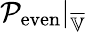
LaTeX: \mathcal{P}_{\mathrm{even}}|_{\overline{{\mathbb{V}}}}